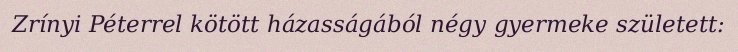
Zrínyi Péterrel kötött házasságából négy gyermeke született: